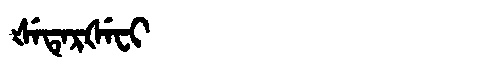
Manchu: ᡧᡝᡨᡝᡵᡧᡝᠸᡳ
Romanization: ŠETERŠEFI